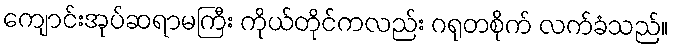
ကျောင်းအုပ်ဆရာမကြီး ကိုယ်တိုင်ကလည်း ဂရုတစိုက် လက်ခံသည်။